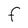
Character: F